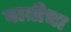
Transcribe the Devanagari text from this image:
बाग़ीचा